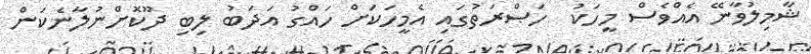
ޝާމިލުވާނޭ އެއްވެސް މީހަކު  ހަޞްރަތުގައި އެމީހަކަށް ހައްގު އަދަބު ލިބި ދޫކޮށްނުލާނެކަން